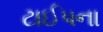
ટાઈપના